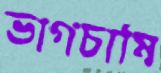
ভাগচাষি